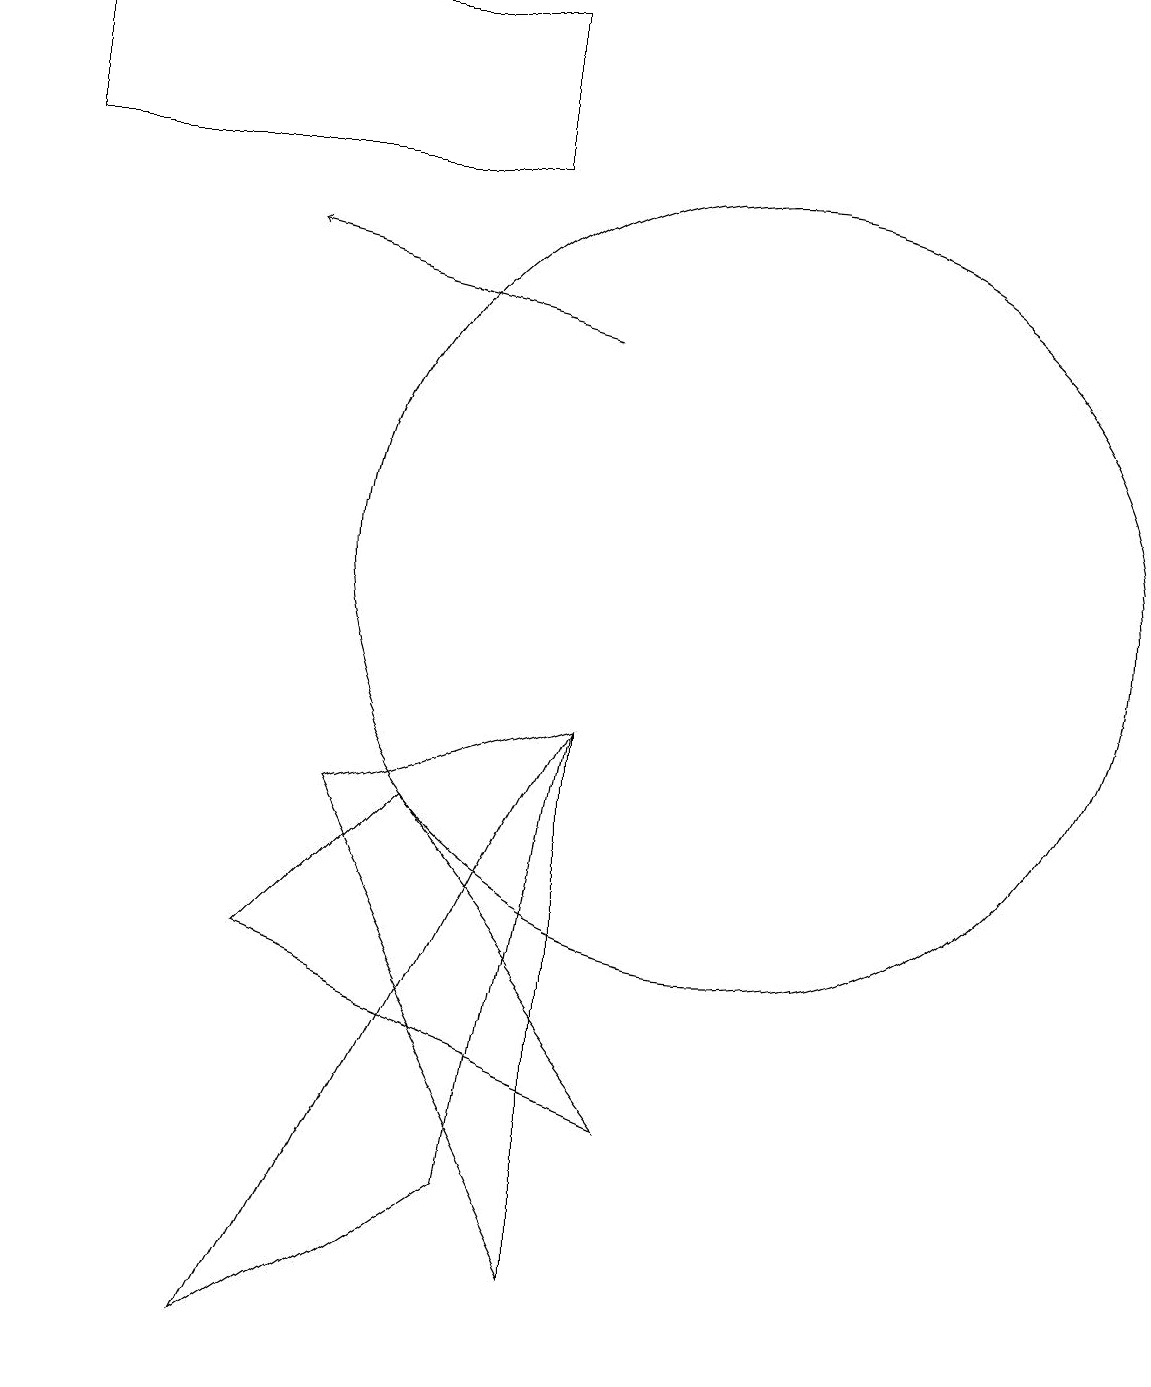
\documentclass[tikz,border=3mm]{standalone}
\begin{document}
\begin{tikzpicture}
\draw (7,16) rectangle (1,18);
\draw (4,1) -- (7,3) -- (8,9) -- cycle;
\draw (8,2) -- (8,9) -- (5,8) -- cycle;
\draw (11,12) circle (0);
\draw (10,11) circle (5);
\draw[->] (8,14) -- (4,15);
\draw (9,4) -- (6,8) -- (4,6) -- cycle;
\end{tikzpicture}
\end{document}